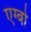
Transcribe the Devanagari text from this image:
एग्बो